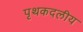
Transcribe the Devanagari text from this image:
पृथकदलीय